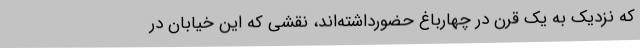
که نزدیک به یک قرن در چهارباغ حضورداشته‌اند، نقشی که این خیابان در